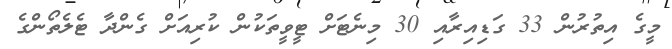
މީގެ އިތުރުން 33 ގަޑިއިރާއި 30 މިނެޓަށް ޓީވީތަކުން ކުރިއަށް ގެންދާ ޓެލެތޯންގެ